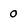
Character: o